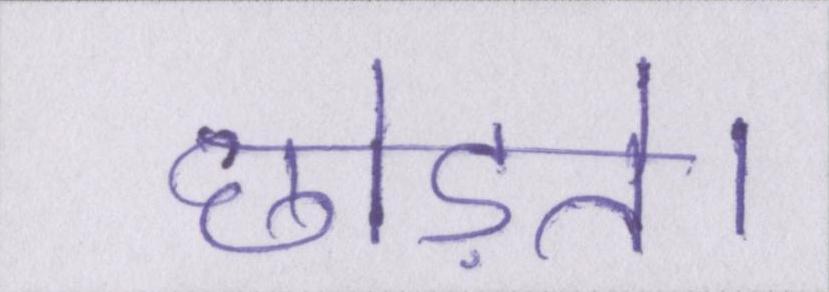
छोड़ते।